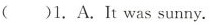
()1.A. It was sunny.